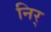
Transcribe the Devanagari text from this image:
निर्